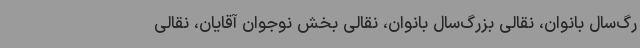
رگ‌سال بانوان، نقالی بزرگ‌سال بانوان، نقالی بخش نوجوان آقایان، نقالی